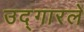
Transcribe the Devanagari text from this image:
उद्‌गारले